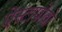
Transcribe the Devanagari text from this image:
ऐस्टापोवो